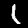
Label: 1